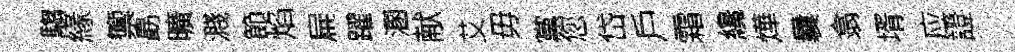
騶緣籞勗曠濺節焰扁躍溷献艾毋黨您岱戶霜纔燁曩翕壻应證